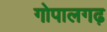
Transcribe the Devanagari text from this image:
गोपालगढ़